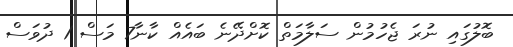
ބޮލުގައި ނުރަ ޖެހުމުން ސަލާމަތް ކޮށްދޭނެ ބައެއް ކާނާ7 މަސް 1 ދުވަސް